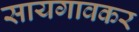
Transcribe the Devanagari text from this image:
सायगावकर